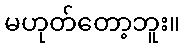
မဟုတ်တော့ဘူး။